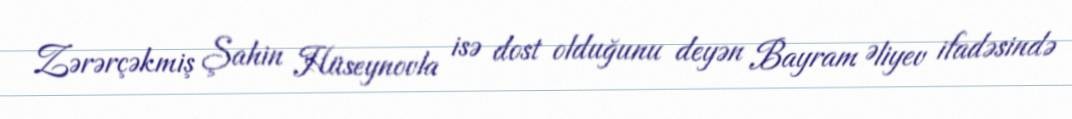
Zərərçəkmiş Şahin Hüseynovla isə dost olduğunu deyən Bayram Əliyev ifadəsində